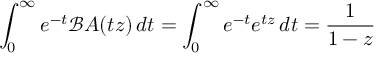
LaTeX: \int _ { 0 } ^ { \infty } e ^ { - t } \mathcal { B } A ( t z ) \, d t = \int _ { 0 } ^ { \infty } e ^ { - t } e ^ { t z } \, d t = \frac { 1 } { 1 - z }